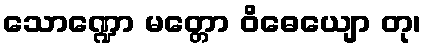
သောဏ္ဍော မတ္တော ဝိဓေယျော တု၊